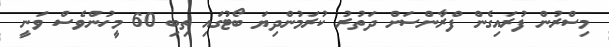
މިސްރުން ފުރައިގެން ފްރާންސަށް ދަތުރު ކުރަމުންދިޔަ ބޯޓުގައި ތިބި 60 މީހުންވެސް ވަނީ